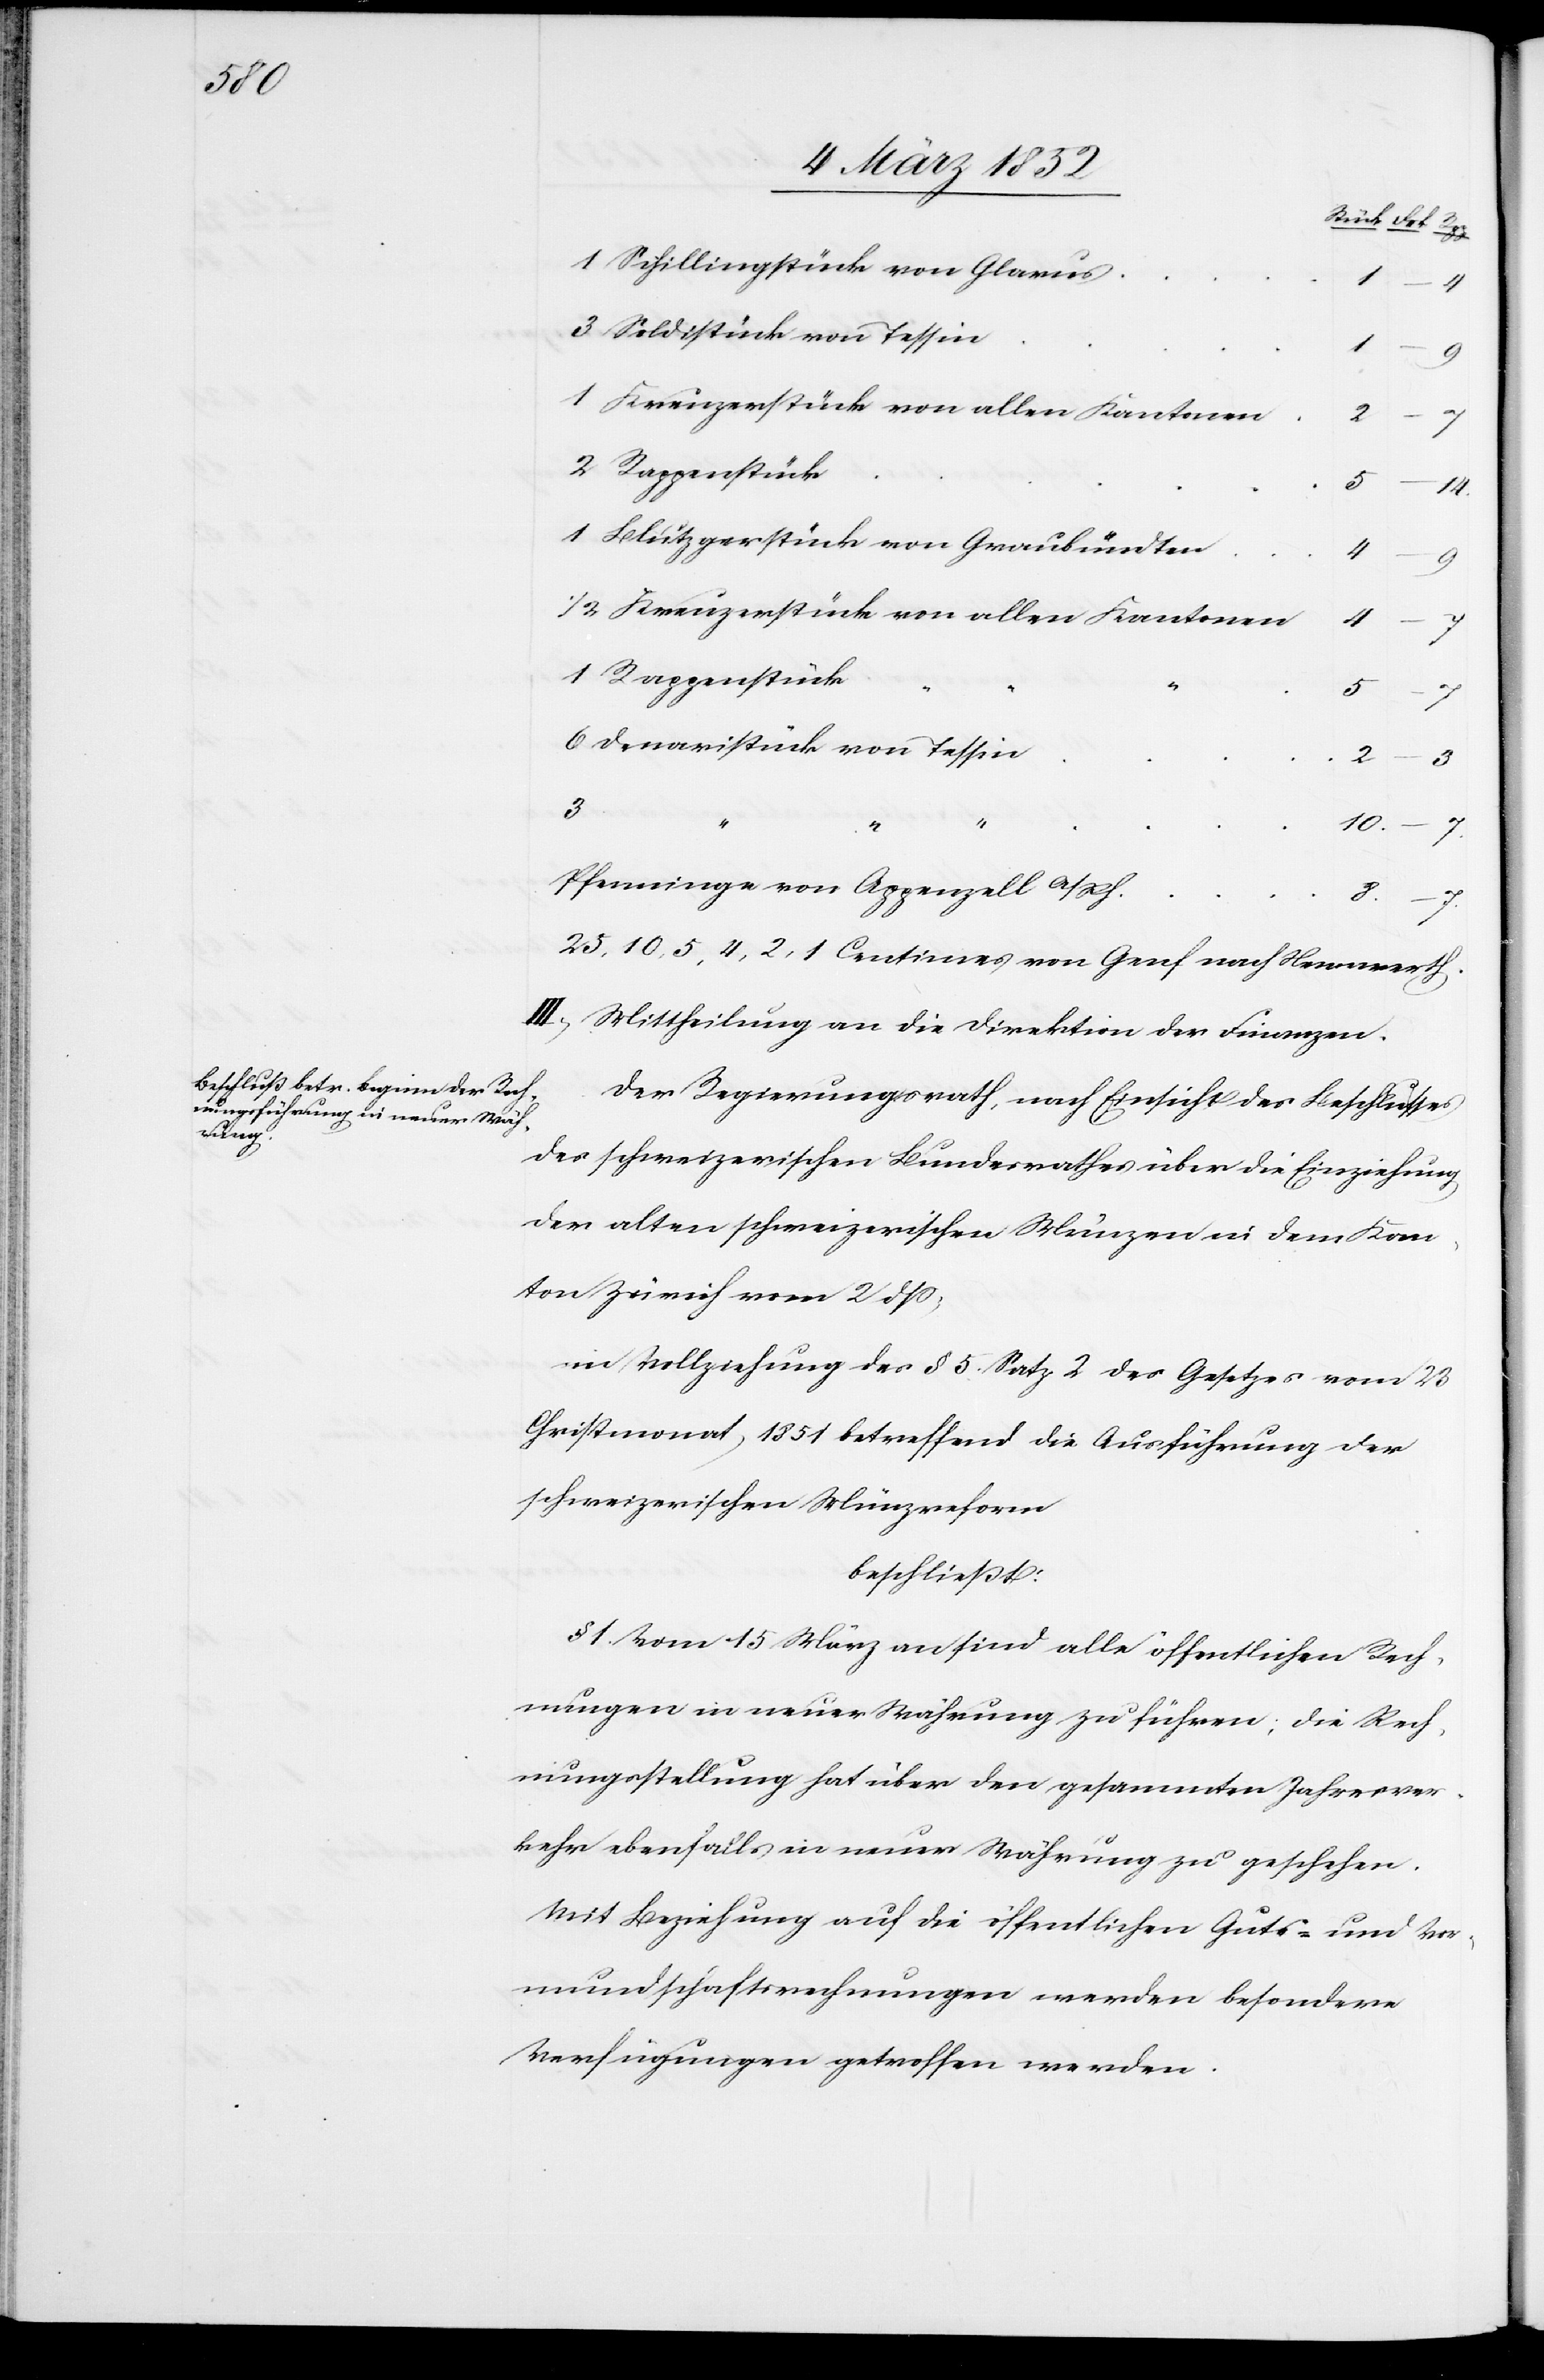
1 Schillingstück von Glarus
14
3 Soldistück von Tessin
1.
9
1 Kreuzerstück von allen Kantonen
2 Rappenstück
1 Blutzgerstück von Graubündten
1/2 Kreuzerstück von allen Kantonen
8.
7
1 Rappenstück
5
7
6 Denaristück von Tessin
2
3
3
Pfenningen von Appenzell A/Rh.
25, 10, 5, 4, 2, 1 Centimes von Genf nach Neuwerth.
III.) Mittheilung an die Direktion der Finanzen.
Der Regierungsrath, nach Einsicht des Beschlußes
des schweizerischen Bundesrathes über die Einziehung
der alten schweizerischen Münzen in dem Kan¬
ton Zürich vom 2 dß,
in Vollziehung des § 5 Satz 2 des Gesetzes vom 23
Christmonat, 1851, betreffend die Ausführung der
schweizerischen Münzreform
beschließt:
§ 1. Vom 15 März an sind alle öffentlichen Rech¬
nungen in neuer Währung zu führen; die Rech¬
nungsstellung hat über den gesammten Jahresver¬
kehr ebenfalls in neuer Währung zu geschehen.
Mit Beziehung auf die öffentlichen Guts- und Vor¬
mundschaftsrechnungen werden besondere
Verfügungen getroffen werden.